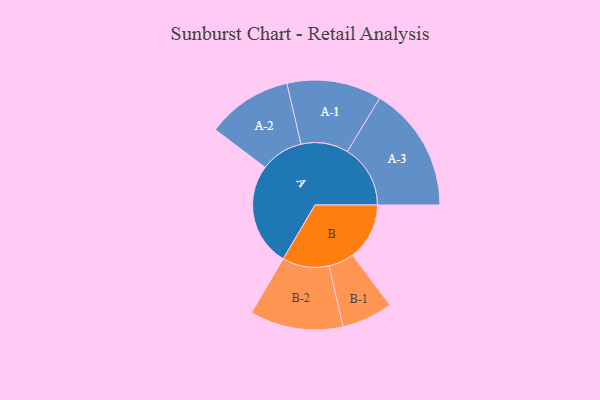
{"axis": {"x": "Segment", "y": "Value"}, "legend": ["", "A", "B"], "data": [{"x": "A", "y": 474, "type": ""}, {"x": "B", "y": 261, "type": ""}, {"x": "A-1", "y": 217, "type": "A"}, {"x": "A-2", "y": 196, "type": "A"}, {"x": "A-3", "y": 289, "type": "A"}, {"x": "B-1", "y": 117, "type": "B"}, {"x": "B-2", "y": 214, "type": "B"}]}